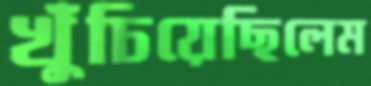
খুঁচিয়েছিলেম